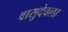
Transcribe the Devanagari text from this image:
वासुदेवला